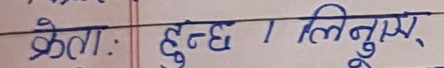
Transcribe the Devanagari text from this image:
केता : हुन्छ | लिनुस् ,